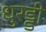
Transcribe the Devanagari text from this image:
धुरड्डी